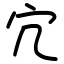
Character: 宂